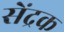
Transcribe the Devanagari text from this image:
सेंद्रक